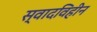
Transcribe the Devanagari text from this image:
स्वादविहीन